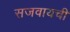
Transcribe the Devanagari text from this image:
सजवायची